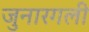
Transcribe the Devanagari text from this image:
जुनारगली